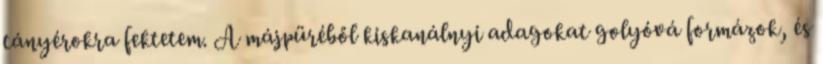
tányérokra fektetem. A májpüréből kiskanálnyi adagokat golyóvá formázok, és